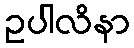
ဥပါလိနာ